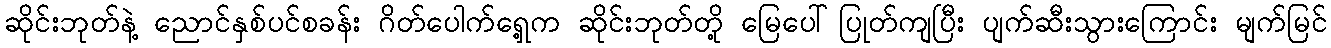
ဆိုင်းဘုတ်နဲ့ ညောင်နှစ်ပင်စခန်း ဂိတ်ပေါက်ရှေ့က ဆိုင်းဘုတ်တို့ မြေပေါ်ပြုတ်ကျပြီး ပျက်ဆီးသွားကြောင်း မျက်မြင်